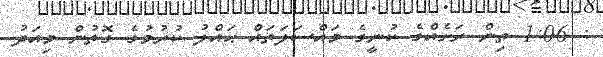
: 1:06 ތިން ރަށެއްގެ ކުނީގެ މައްސަލަތައް ޙައްލު ކުރުމުގެ ގޮތުން މިއަދު